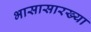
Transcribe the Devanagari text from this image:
भासासारख्या